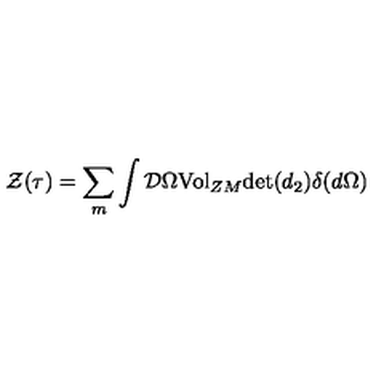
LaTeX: { \cal { Z } } ( \tau { } ) = \sum _ { m } \int { \cal { D } } \Omega { \mathrm { V o l } } _ { Z M } { \mathrm { d e t } } ( d _ { 2 } ) \delta { } ( d \Omega { } )